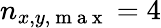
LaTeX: n_{x,y,\mathrm{~m~a~x~}}=4